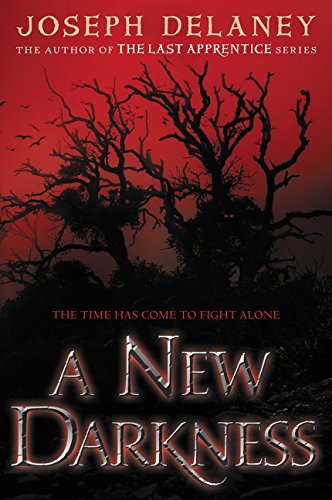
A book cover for A New Darkness; Joseph Delaney; Teen & Young Adult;